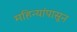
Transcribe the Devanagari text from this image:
महिन्यांपासून